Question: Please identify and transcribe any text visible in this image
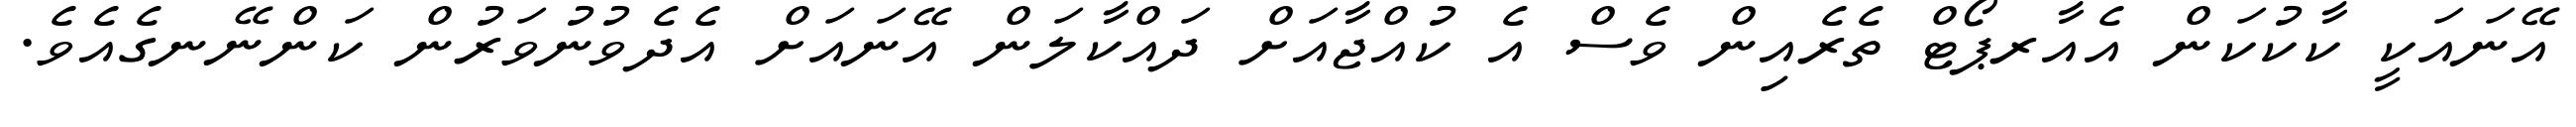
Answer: އޭނައަކީ ކާކުކަން އެއާރޕޯޓް ތެރެއިން ވެސް އެ ކުއްޖާއަށް ދައްކާލަން އޭނައަށް އެދެވުނުވަރުން ކަންނޭނގެއެވެ.